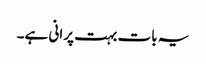
یہ بات بہت پرانی ہے۔